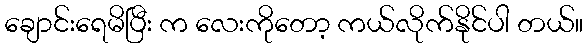
ချောင်းရေမိပြီး က လေးကိုတော့ ကယ်လိုက်နိုင်ပါ တယ်။